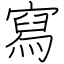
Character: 寫